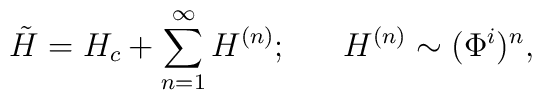
\tilde{H} = H_c + \sum_{n=1}^{\infty} H^{(n)}; ~~~~~H^{(n)} \sim (\Phi^i)^n,